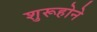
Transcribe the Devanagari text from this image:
शुरूहोने